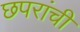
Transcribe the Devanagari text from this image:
छपरांची